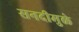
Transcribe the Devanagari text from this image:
सनदीमुळे